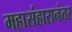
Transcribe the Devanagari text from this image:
महासंहारानंतर